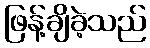
ဖြန့်ချိခဲ့သည်